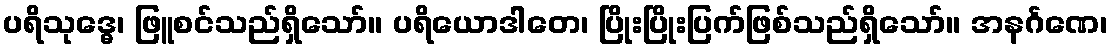
ပရိသုဒ္ဓေ၊ ဖြူစင်သည်ရှိသော်။ ပရိယောဒါတေ၊ ပြိုးပြိုးပြက်ဖြစ်သည်ရှိသော်။ အနင်္ဂဏေ၊